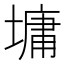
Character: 墉